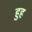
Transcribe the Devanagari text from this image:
हुह